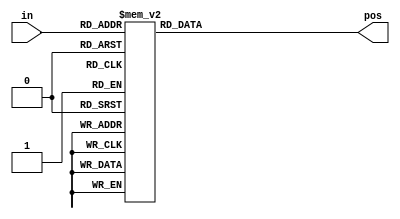
/*
A priority encoder is a combinational circuit that, when given an input bit vector, outputs the position of the first 1 bit in the vector.
For example, a 8-bit priority encoder given the input 8'b10010000 would output 3'd4, because bit[4] is first bit that is high.

Build a 4-bit priority encoder.
For this problem, if none of the input bits are high (i.e., input is zero), output zero.
Note that a 4-bit number has 16 possible combinations.
*/

module top_module (
	input [3:0] in,
	output reg [1:0] pos
);

	always @(*) begin
		case (in)
			4'h0: pos = 2'h0;
			4'h1: pos = 2'h0;
			4'h2: pos = 2'h1;
			4'h3: pos = 2'h0;
			4'h4: pos = 2'h2;
			4'h5: pos = 2'h0;
			4'h6: pos = 2'h1;
			4'h7: pos = 2'h0;
			4'h8: pos = 2'h3;
			4'h9: pos = 2'h0;
			4'ha: pos = 2'h1;
			4'hb: pos = 2'h0;
			4'hc: pos = 2'h2;
			4'hd: pos = 2'h0;
			4'he: pos = 2'h1;
			4'hf: pos = 2'h0;
			default: pos = 2'b0;
		endcase
    end
	
endmodule